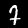
Digit: 7